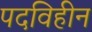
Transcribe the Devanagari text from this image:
पदविहीन